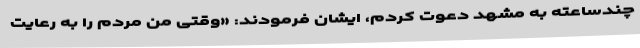
چندساعته به مشهد دعوت کردم، ایشان فرمودند: «وقتی من مردم را به رعایت